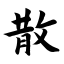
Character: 散